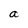
Character: a